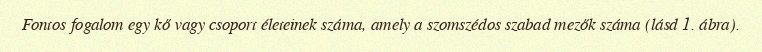
Fontos fogalom egy kő vagy csoport életeinek száma, amely a szomszédos szabad mezők száma (lásd 1. ábra).